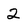
Character: 2